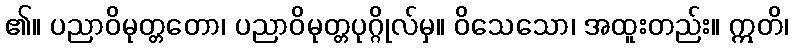
၏။ ပညာဝိမုတ္တတော၊ ပညာဝိမုတ္တပုဂ္ဂိုလ်မှ။ ဝိသေသော၊ အထူးတည်း။ ဣတိ၊